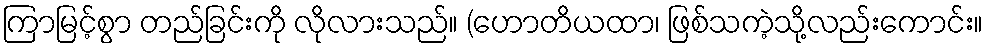
ကြာမြင့်စွာ တည်ခြင်းကို လိုလားသည်။ (ဟောတိယထာ၊ ဖြစ်သကဲ့သို့လည်းကောင်း။